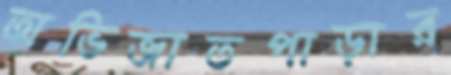
অভিজাতপাড়ার